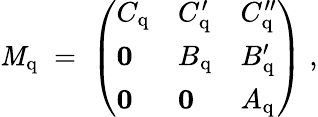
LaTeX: \mathit{M}_{\mathrm{{q}}}\; =\; \left(\begin{array}{lll}{{C_{\mathrm{q}}}}&{{C_{\mathrm{q}}^{\prime}}}&{{C_{\mathrm{q}}^{\prime\prime}}}\\ {{{\mathbf 0}}}&{{B_{\mathrm{q}}}}&{{B_{\mathrm{q}}^{\prime}}}\\ {{{\mathbf 0}}}&{{{\mathbf 0}}}&{{A_{\mathrm{q}}}}\end{array}\right)\; ,